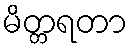
မိတ္တရတာ